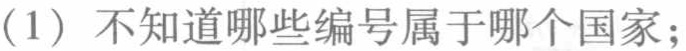
（1）不知道哪些编号属于哪个国家；